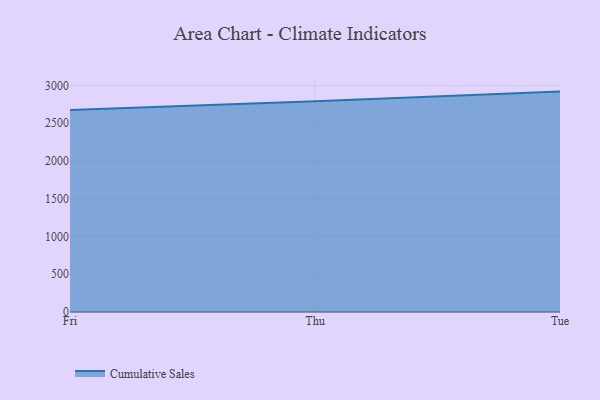
{"axis": {"x": "Day", "y": "Latency (ms)"}, "legend": ["Cumulative Sales"], "data": [{"x": "Fri", "y": 2673.5, "type": "Cumulative Sales"}, {"x": "Thu", "y": 2790.2, "type": "Cumulative Sales"}, {"x": "Tue", "y": 2918.5, "type": "Cumulative Sales"}]}